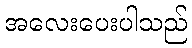
အလေးပေးပါသည်